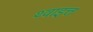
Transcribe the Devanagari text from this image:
थ्वाइत्त